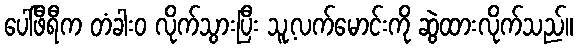
ပေါ်ဖီရီက တံခါးဝ လိုက်သွားပြီး သူ့လက်မောင်းကို ဆွဲထားလိုက်သည်။